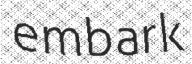
embark